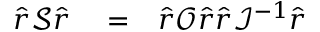
\begin{array} { r l r } { \hat { r } \mathcal { S } \hat { r } } & { { } = } & { \hat { r } \mathcal { O } \hat { r } \hat { r } \mathcal { I } ^ { - 1 } \hat { r } } \end{array}